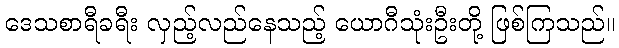
ဒေသစာရီခရီး လှည့်လည်နေသည့် ယောဂီသုံးဦးတို့ ဖြစ်ကြသည်။